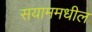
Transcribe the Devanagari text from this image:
सयाममधील